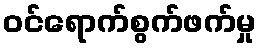
ဝင်ရောက်စွက်ဖက်မှု